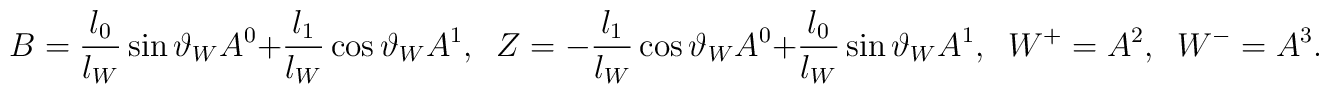
B=\frac{l_0}{l_W}\sin \vartheta_WA^0+ \frac{l_1}{l_W}\cos \vartheta_W A^1,\;\;Z=-\frac{l_1}{l_W}\cos \vartheta_W A^0+\frac{l_0}{l_W}\sin \vartheta_W A^1,\;\;W^{+}=A^2,\;\;W^{-}=A^3.